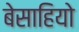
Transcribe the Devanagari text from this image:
बेसाहियो